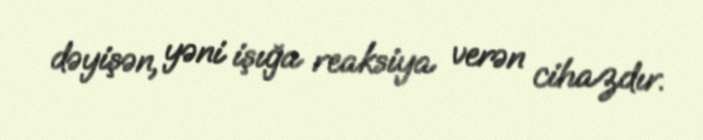
dəyişən, yəni işığa reaksiya verən cihazdır.